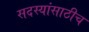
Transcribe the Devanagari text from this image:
सदस्यांसाठीच